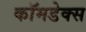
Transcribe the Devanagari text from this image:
कॉमडेक्स